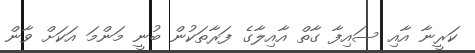
ކަރީނާ އާއި ސައިފާ ގާތް އާއިލާގެ ފަރާތަކުން ބުނީ މަންމަ އަކަށް ވާން